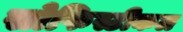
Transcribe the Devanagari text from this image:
सोफिस्टीकल